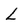
Character: L